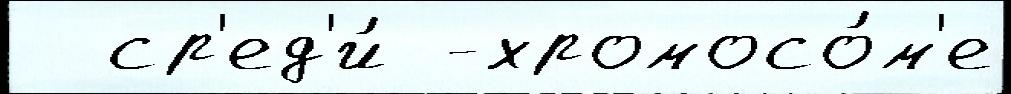
  ср'ед'и́ -хромосо́м'е